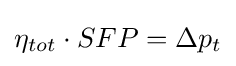
\eta _{tot}\cdot SFP=\Delta p_{t}